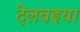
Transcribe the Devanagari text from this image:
देलवइया